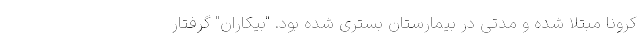
کرونا مبتلا شده و مدتی در بیمارستان بستری شده بود. "بیکاران" گرفتار